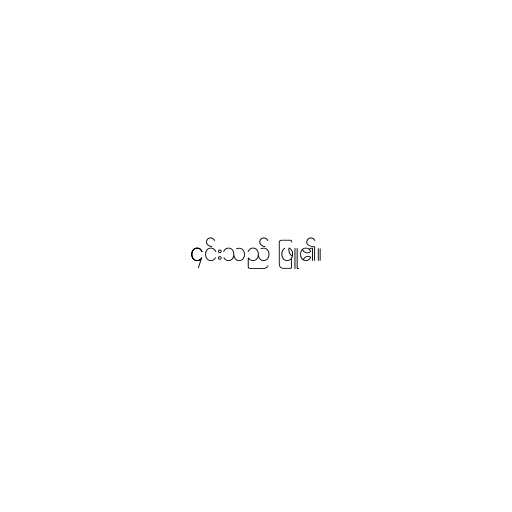
၎င်းသည် ဖြူ၏။